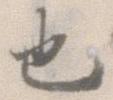
也